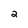
Character: 2